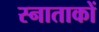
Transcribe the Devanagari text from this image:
स्नाताकों